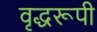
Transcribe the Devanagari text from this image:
वृद्धरूपी